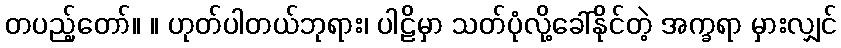
တပည့်တော်။ ။ ဟုတ်ပါတယ်ဘုရား၊ ပါဠိမှာ သတ်ပုံလို့ခေါ်နိုင်တဲ့ အက္ခရာ မှားလျှင်